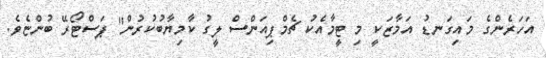
އަހަރެންގެ މައިގަނޑު އަމާޒަކީ މި ޓީމާއެކު ޗެމްޕިއަންސް ލީގު ކާމިޔާބުކުރުން" ޕަސްޓޯރޭ ބުންޏެވެ.